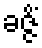
ခဇ္ဇိံ